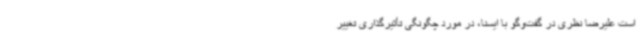
است علیرضا نظری در گفت‌وگو با ایسنا، در مورد چگونگی تأثیرگذاری تغییر